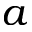
a